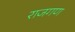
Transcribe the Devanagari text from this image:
राजगण